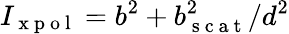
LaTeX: I_{\mathrm{~x~p~o~l~}}=b^{2}+b_{\mathrm{~s~c~a~t~}}^{2}/d^{2}